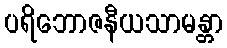
ပရိဘောဇနီယသာမန္တာ